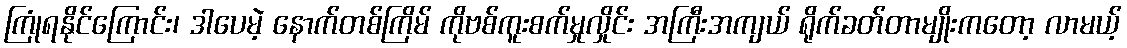
ကြုံရနိုင်ကြောင်း၊ ဒါပေမဲ့ နောက်တစ်ကြိမ် ကိုဗစ်ကူးစက်မှုလှိုင်း အကြီးအကျယ် ရိုက်ခတ်တာမျိုးကတော့ လာမယ့်